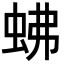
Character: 𧉸